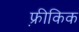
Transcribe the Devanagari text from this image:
फ़्रीकिक